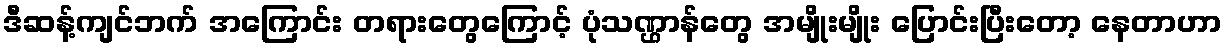
ဒီဆန့်ကျင်ဘက် အကြောင်း တရားတွေကြောင့် ပုံသဏ္ဌာန်တွေ အမျိုးမျိုး ပြောင်းပြီးတော့ နေတာဟာ